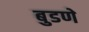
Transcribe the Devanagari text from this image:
बुडणे